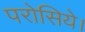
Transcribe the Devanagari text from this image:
परोसिये।